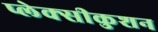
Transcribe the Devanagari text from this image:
प्लेक्सीकुशन